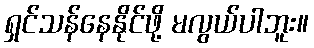
ရှင်သန်နေနိုင်ဖို့ မလွယ်ပါဘူး။